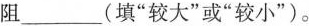
阻___(填“较大”或“较小”)。